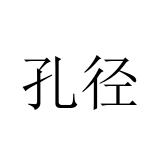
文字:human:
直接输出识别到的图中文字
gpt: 孔径